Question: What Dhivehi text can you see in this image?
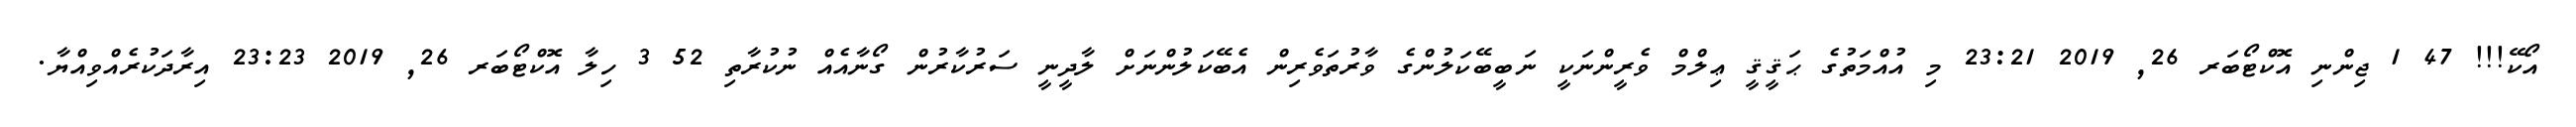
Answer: އޯކޭ!!! 47 1 ޖިންނި އޮކްޓޯބަރ 26, 2019 23:21 މި އުއްމަތުގެ ޙަޤީޤީ ޢިލްމް ވެރީންނަކީ ނަބީބޭކަލުންގެ ވާރުތަވެރިން އެބޭކަލުންނަށް ލާދީނީ ސަރުކާރުން ގޯނާއެއް ނުކުރާތި 52 3 ހިލާ އޮކްޓޯބަރ 26, 2019 23:23 އިރާދަކުރެއްވިއްޔާ.